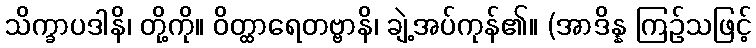
သိက္ခာပဒါနိ၊ တို့ကို။ ဝိတ္ထာရေတဗ္ဗာနိ၊ ချဲ့အပ်ကုန်၏။ (အာဒိန္န ကြဉ်သဖြင့်